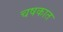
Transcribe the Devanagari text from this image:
चषकात